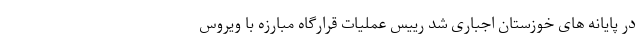
در پایانه های خوزستان اجباری شد رییس عملیات قرارگاه مبارزه با ویروس